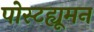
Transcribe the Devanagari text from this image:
पोस्टह्यूमन